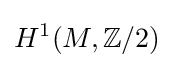
H^{1}(M,\mathbb {Z} /2)